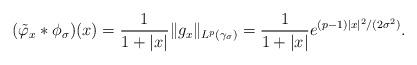
LaTeX: \begin{align*}(\tilde{\varphi}_x*\phi_\sigma) (x) = \frac{1}{1+|x|} \| g_x \|_{L^p(\gamma_{\sigma})} = \frac{1}{1+|x|} e^{(p-1)|x|^2/(2\sigma^2)}.\end{align*}